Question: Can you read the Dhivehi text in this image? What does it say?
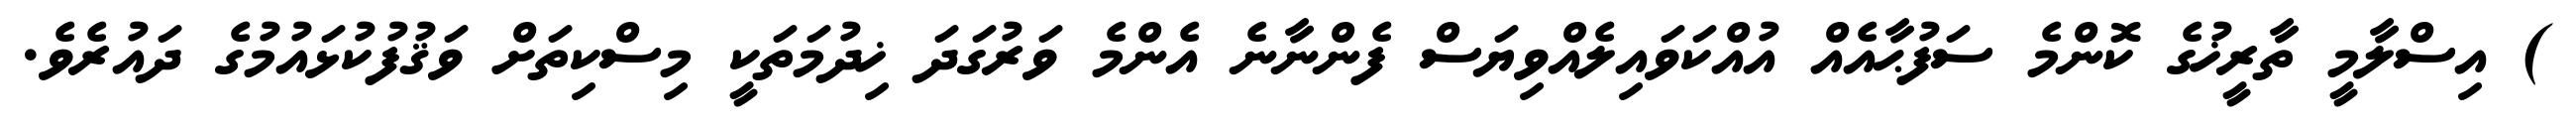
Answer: ) އިސްލާމީ ތާރީޚުގެ ކޮންމެ ސަފުޙާއެއް އުއްކަވައިލެއްވިޔަސް ފެންނާނެ އެންމެ ވަރުގަދަ ޚިދުމަތަކީ މިސްކިތަށް ވަޤުފުކުޅައުމުގެ ދައުރެވެ.